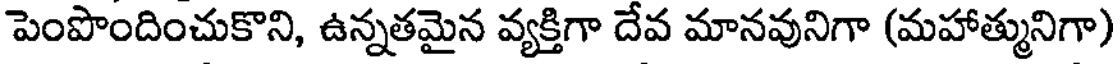
పెంపొందించుకొని, ఉన్నతమైన వ్యక్తిగా దేవ మానవునిగా (మహాత్మునిగా)